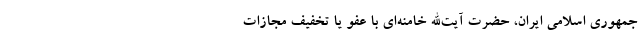
جمهوری اسلامی ایران، حضرت آیت‌الله خامنه‌ای با عفو یا تخفیف مجازات